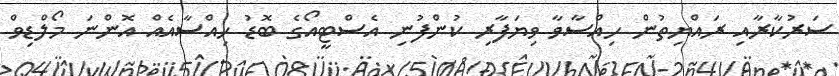
ސަރުކާރާއި ރައްޔިތުން ހިއްސާވާ ވިޔަފާރި ކުންފުނި އެސްޓީއޯގެ ބޮޑު ހިއްސާއެއް އޮންނަ މޯލްޑިވް